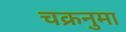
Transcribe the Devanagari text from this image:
चक्रनुमा